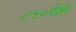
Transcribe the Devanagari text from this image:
८५०पेक्षा